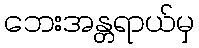
ဘေးအန္တရာယ်မှ